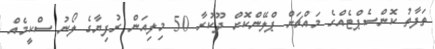
ތަފާތު ކޮންސެޕްޓެއްގެ މައްޗަށް ޕްލޭންކޮށް ދޫކުރާ 50 މިލިއަން ރުފިޔާގެ ލޯނު ސްކީމެއް